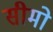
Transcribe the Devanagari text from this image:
सीमो